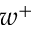
w ^ { + }